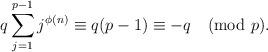
LaTeX: \begin{align*}q \sum_{j=1}^{p-1}j^{\phi(n)} \equiv q(p-1)\equiv -q \pmod{p}. \end{align*}